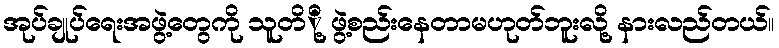
အုပ်ချုပ်ရေးအဖွဲ့တွေကို သူတိို့ ဖွဲ့စည်းနေတာမဟုတ်ဘူးလို့ နားလည်တယ်။